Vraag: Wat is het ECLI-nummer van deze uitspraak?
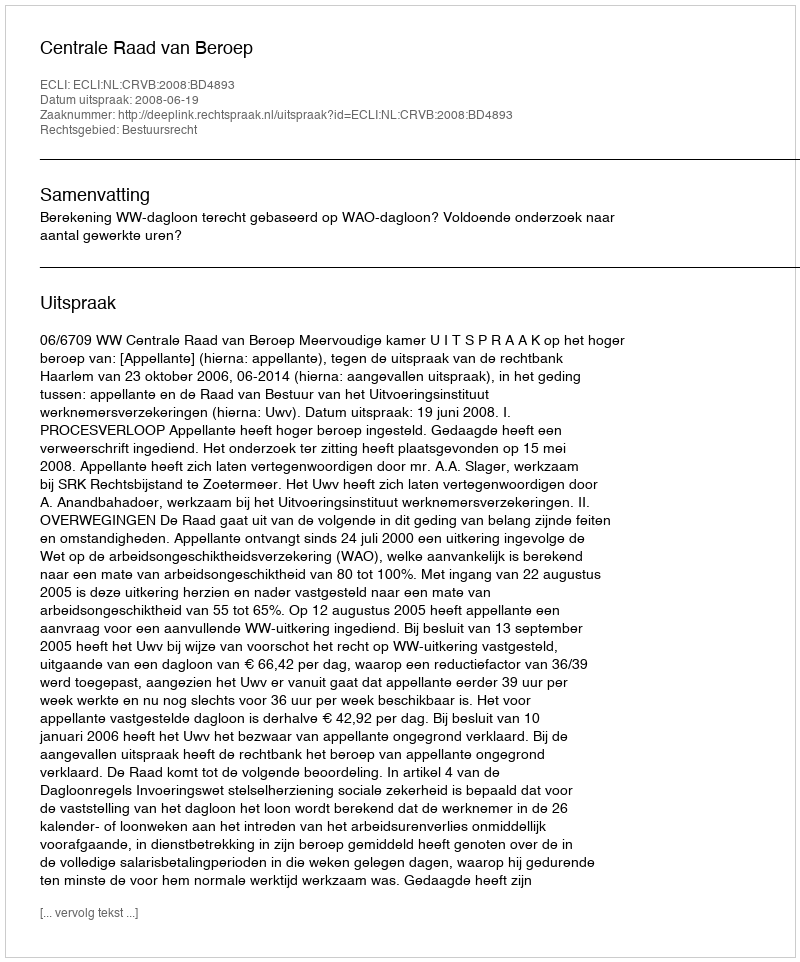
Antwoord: ECLI:NL:CRVB:2008:BD4893